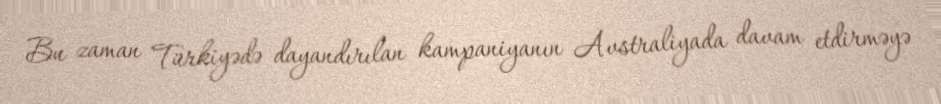
Bu zaman Türkiyədə dayandırılan kampaniyanın Avstraliyada davam etdirməyə